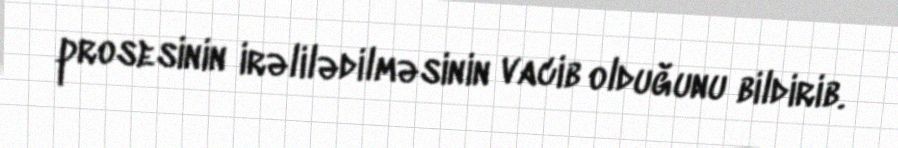
prosesinin irəlilədilməsinin vacib olduğunu bildirib.